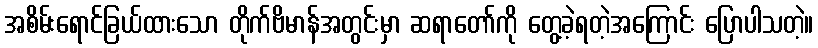
အစိမ်းရောင်ခြယ်ထားသော တိုက်ဗိမာန်အတွင်းမှာ ဆရာတော်ကို တွေ့ခဲ့ရတဲ့အကြောင်း ပြောပါသတဲ့။